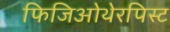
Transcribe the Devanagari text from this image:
फिजिओथेरपिस्ट